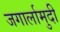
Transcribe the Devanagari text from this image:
जगार्लामुदी